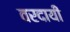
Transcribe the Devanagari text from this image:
वरदायी